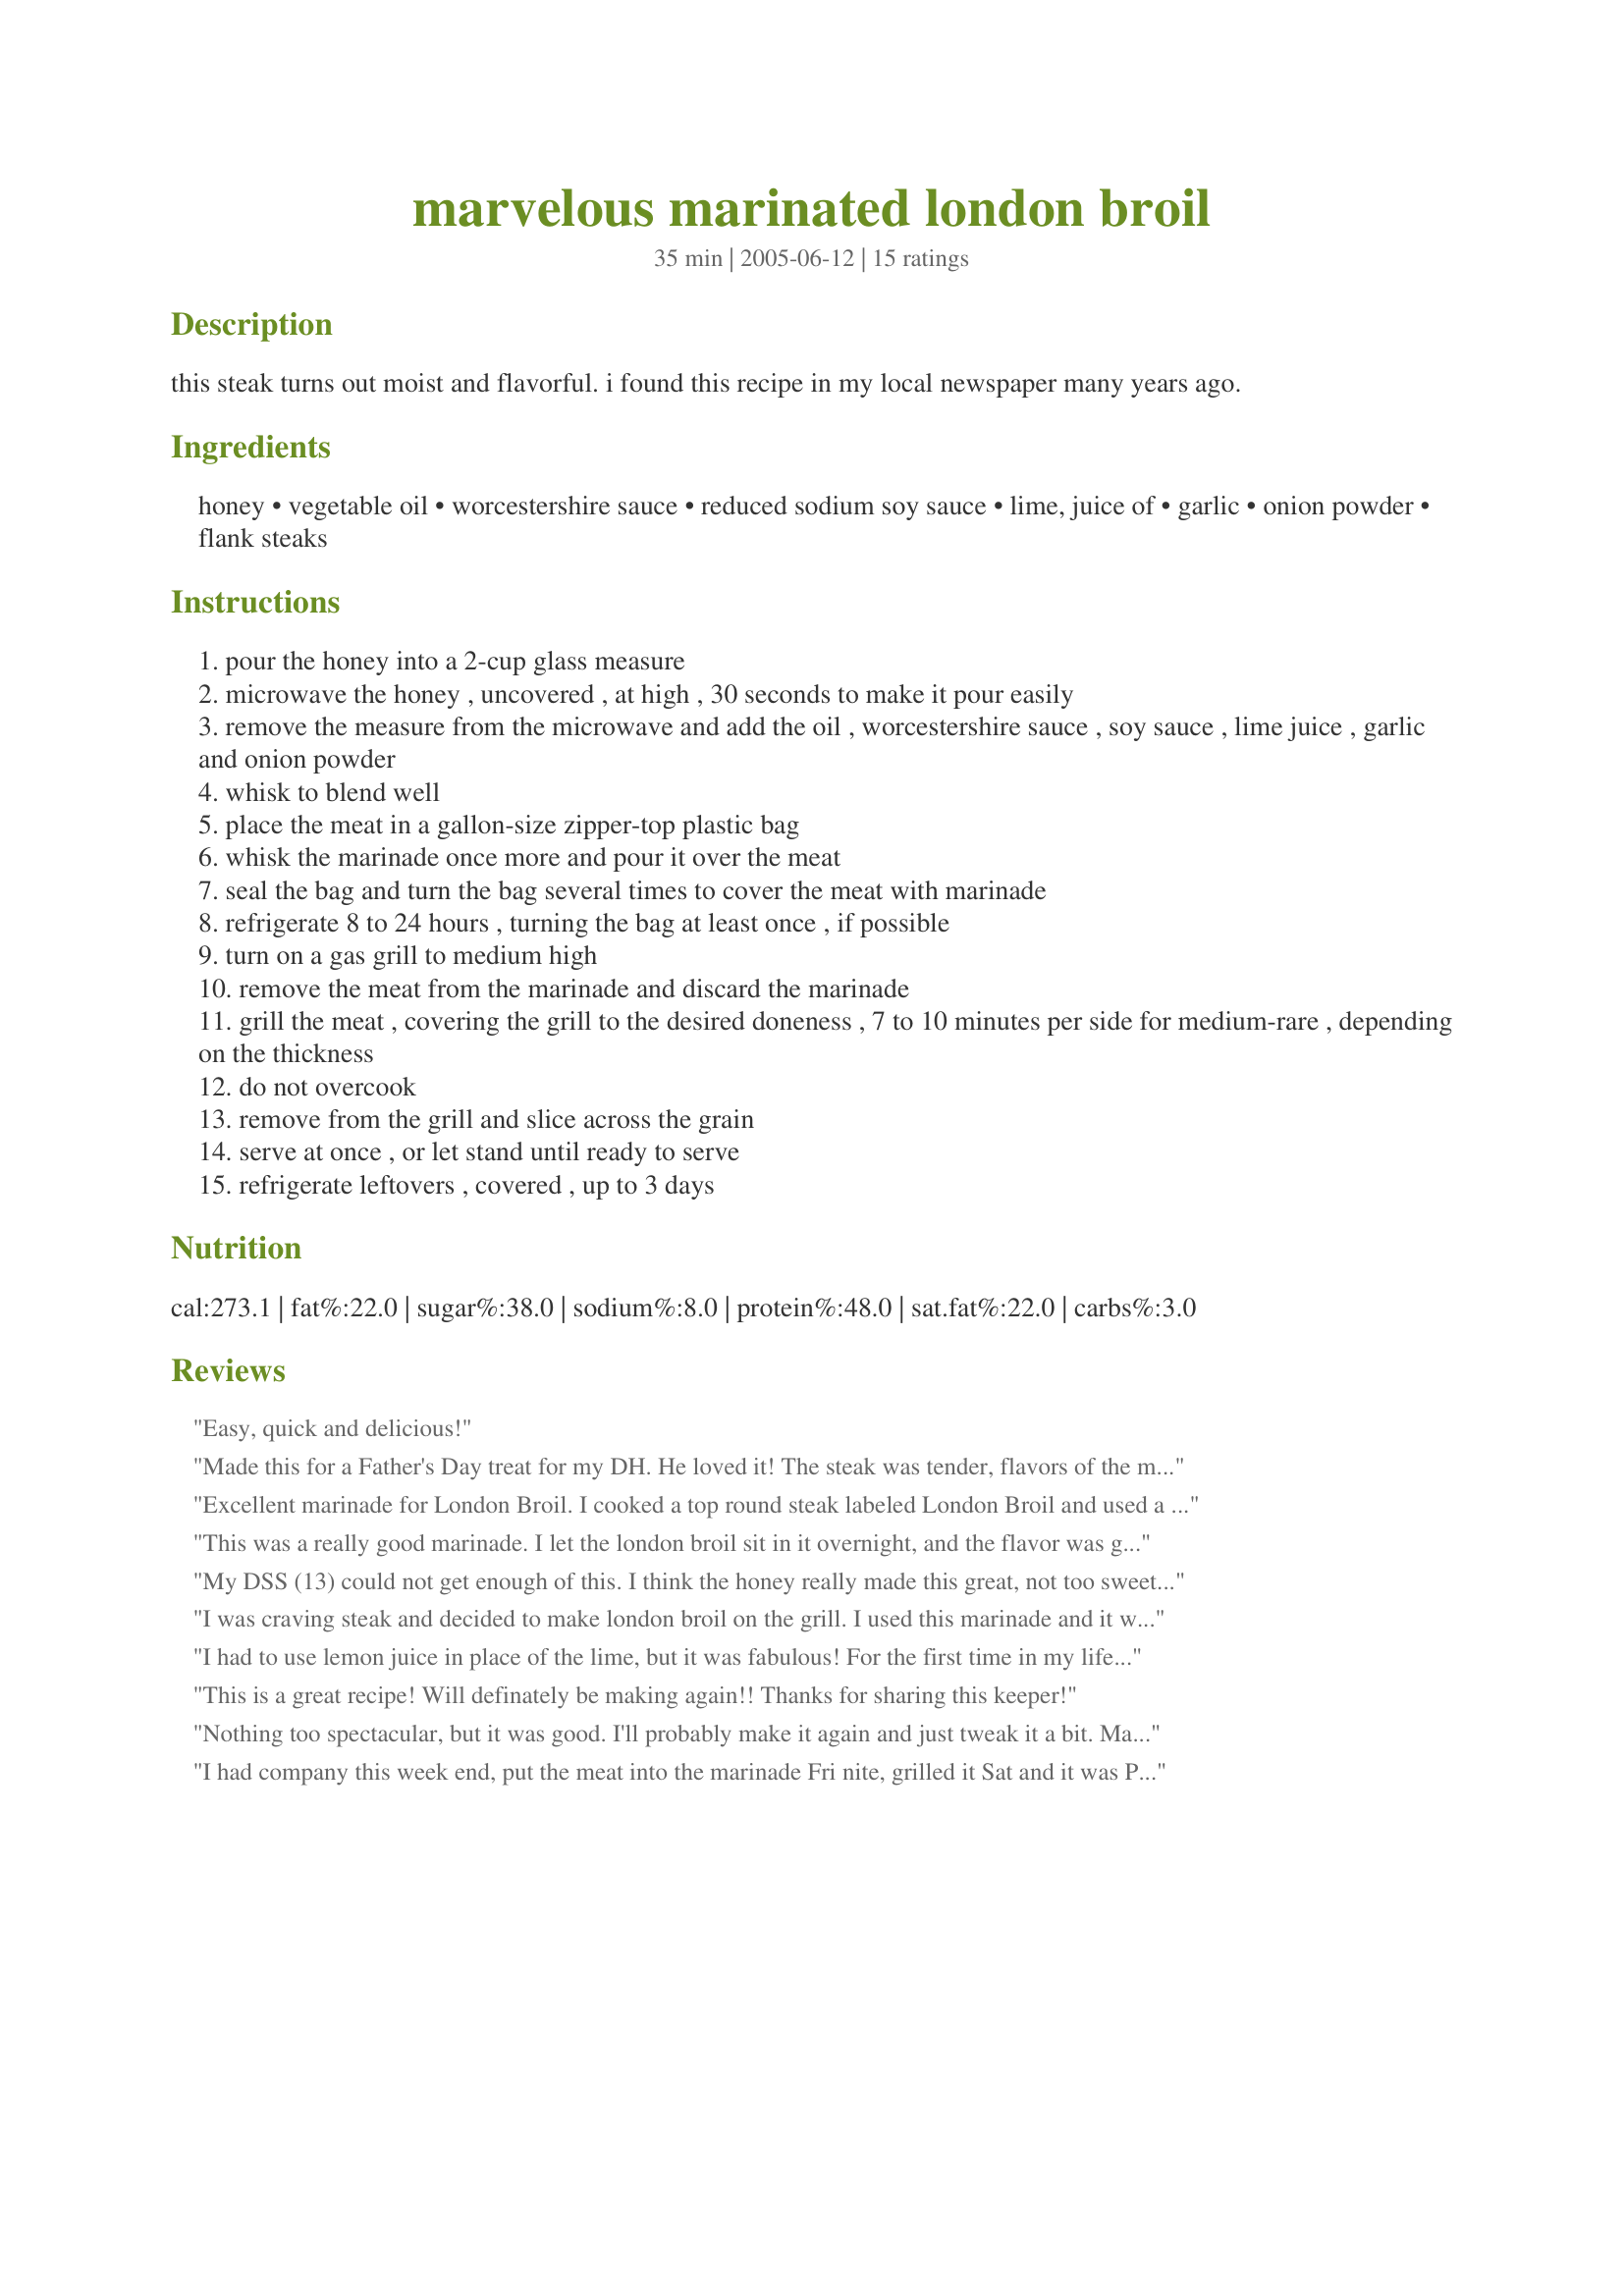
marvelous marinated london broil
Preparation time: 35 minutes

this steak turns out moist and flavorful. i found this recipe in my local newspaper many years ago.

Ingredients:
honey, vegetable oil, worcestershire sauce, reduced sodium soy sauce, lime, juice of, garlic, onion powder, flank steaks

Steps:
pour the honey into a 2-cup glass measure
microwave the honey , uncovered , at high , 30 seconds to make it pour easily
remove the measure from the microwave and add the oil , worcestershire sauce , soy sauce , lime juice , garlic and onion powder
whisk to blend well
place the meat in a gallon-size zipper-top plastic bag
whisk the marinade once more and pour it over the meat
seal the bag and turn the bag several times to cover the meat with marinade
refrigerate 8 to 24 hours , turning the bag at least once , if possible
turn on a gas grill to medium high
remove the meat from the marinade and discard the marinade
grill the meat , covering the grill to the desired doneness , 7 to 10 minutes per side for medium-rare , depending on the thickness
do not overcook
remove from the grill and slice across the grain
serve at once , or let stand until ready to serve
refrigerate leftovers , covered , up to 3 days

Reviews:
Easy, quick and delicious!
Made this for a Father's Day treat for my DH. He loved it! The steak was tender, flavors of the marinade were just the right amount of sweet and tangy, and so easy to put together. I did forget to marinate the steak earlier in the morning so it only had an hour in the refrigerator. Very tasty even after an hour! Thank you Chris for another great recipe!
Excellent marinade for London Broil. I cooked a top round steak labeled London Broil and used a lemon in the marinade as I didn&#039;t have a lime. It was very, very good. I cooked two steaks, one to 135F and the other 145 F as the guests like different degrees of doneness.&lt;br/&gt;Red
This was a really good marinade. I let the london broil sit in it overnight, and the flavor was great! Will use it again in the future.
My DSS (13) could not get enough of this. I think the honey really made this great, not too sweet but lovely. I might, next time, add a more contrast with a little red pepper flake. I also used fresh minced garlic and dried minced onions instead of powder bc it's what I had. I did not nuke the honey. I'll bet this is great for chicken or pork or shrimp.
I was craving steak and decided to make london broil on the grill. I used this marinade and it was wonderful. Very full-flavored. It was easy to put together and i marinated all day in the fridge. I used a london broil cut and poked holes in it before marinating. This is a great recipe and i will be using it regularly. Thank you for posting!
I had to use lemon juice in place of the lime, but it was fabulous! For the first time in my life I made a great steak. From now on, this is how I'll always do it. It was too easy and the family gobbled it up! Thanks!
This is a great recipe! Will definately be making again!! Thanks for sharing this keeper!
Nothing too spectacular, but it was good. I'll probably make it again and just tweak it a bit. Maybe more garlic and a tad less Worcestershire sauce.
I had company this week end, put the meat into the marinade Fri nite, grilled it Sat and it was PERFECT! 6 people for dinner all give it 5 stars AND had a recipe request. Loved the "being ready in advance" aspect of this recipe, our plans changed several times due to weather, but we were able to come home and relax and toss this on the grill when we were ready. I cooked a 3# broil on the grill for 10 minutes on low for each side (it was about 4" thick)and it was cooked perfectly. Thanks for a keeper!
This was a very tasty marinade! My hubby really loved it! I like that it wasn't overpowering to the beef, yet added a very nice flavor - and the meat was nice and tender. Next time I'll probably add a bit more garlic, but this will be used often.
I was skeptical about mixing the different flavors in this, but they actually blended really well and none of them were too overpowering. Skipped heating the honey (distracted) and made the marinade right in the ziptop bag for easy cleanup. I marinated my steak (1.5lbs, 1 1/2 in. thick) for 9 hrs and grilled it for a total of 15 minutes - it came out absolutely perfect (medium rare). I let it rest in a covered tupperware container about 15 minutes before slicing - perfect for preparing the cauliflower/cheese sauce and rolls I served with it. My husband kept voicing his concern over whether he would like "London broil" (his family is strictly a NY strip group), but after his first bite he said, "Mmmm! Honey, this is actually good!" Translation: 5 stars!! :) Thanks for sharing this simple, delicious recipe! We will definitely be using this again.
This is a great marinade! It's flavors blend together subtly......so you don't have an overpowering flavor of marinade, and you still taste the BEEF......and let's face it.....why pay all that money for beef, if you're going to cover it up with marinade? I have made this one several times now, and it has become my "default" marinade. Thanks, Chris!
This recipe produced a really juicy, tender flank steak with a great color. I substituted agave nectar for the honey which is a little less sweet. Next time I think I&#039;ll add a little pepper flake.

Thanks for the recipe.
I wouldn't change a thing, it made enough for two broils to marinade...one I cooked after 4 hrs and the other the next day. Over-marinating just deters from the surface quality of the meat....so your timing for marinating is spot on.
